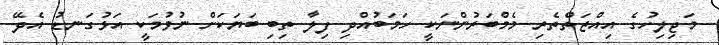
މަޖިލިހުގެ އިއްޒަތްތެރި މެމްބަރުންނަކީ ހަމަބުއްދި ފިލާ ތިބި ބަޔަކަށް ނުވުމަކީ އަޅުގަނޑު އެދޭ